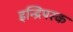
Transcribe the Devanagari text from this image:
इन्द्रिपरक